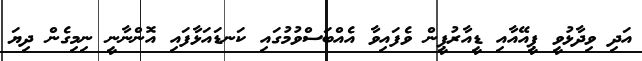
އަދި ވިދާޅުވީ ޕީއޭއާއި ޑީއާރުޕީން ވެފައިވާ އެއްބަސްވުމުގައި ކަނޑައަޅާފައި އޮންނާނީ ނިމިގެން ދިޔަ